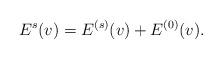
LaTeX: \begin{align*}E^{s}(v) =E^{(s)}(v)+E^{(0)}(v).\end{align*}